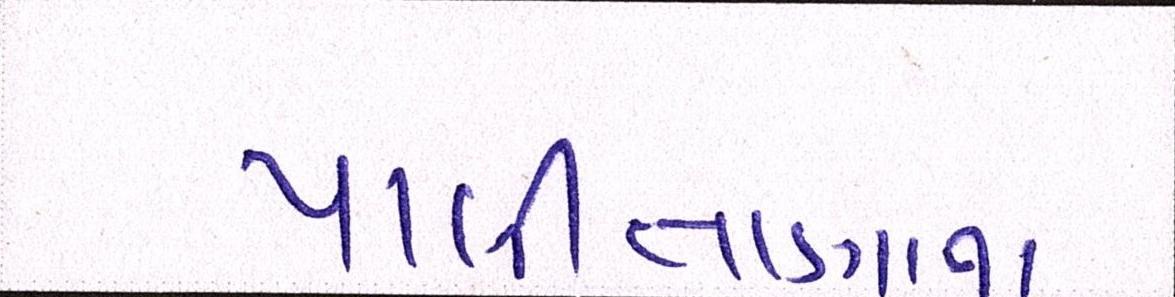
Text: પાલીતાણાના